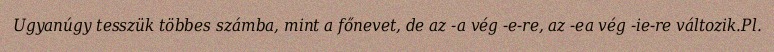
Ugyanúgy tesszük többes számba, mint a főnevet, de az -a vég -e-re, az -ea vég -ie-re változik.Pl.